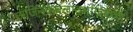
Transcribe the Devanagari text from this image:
अजिनंकंबलादर्भागोकेशाः